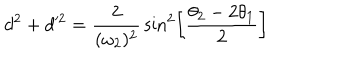
d ^ { 2 } + d ^ { 2 } = { \frac { 2 } { ( \omega _ { 2 } ) ^ { 2 } } } \sin ^ { 2 } \left[ { \frac { \theta _ { 2 } - 2 \theta _ { 1 } } { 2 } } \right]